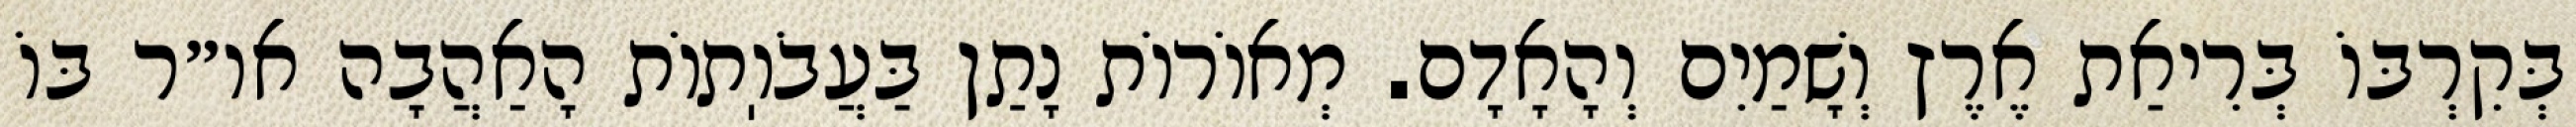
בְּקִרְבּוֹ בְּרִיאַת אֶרֶץ וְשָׁמַיִם וְהָאָדָם. מְאוֹרוֹת נָתַן בַּעֲבֹוֽתוֹת הָאַהֲבָה או״ר בּוֹ